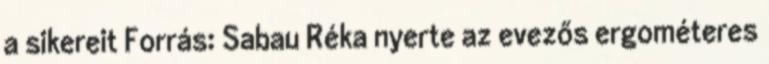
a sikereit Forrás: Sabau Réka nyerte az evezős ergométeres